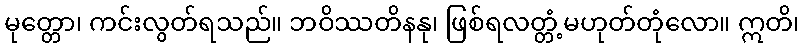
မုတ္တော၊ ကင်းလွတ်ရသည်။ ဘဝိဿတိနနု၊ ဖြစ်ရလတ္တံ့မဟုတ်တုံလော။ ဣတိ၊